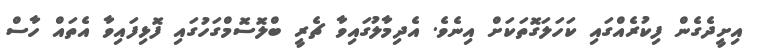
އިށީދެގެން ފިކުރެއްގައި ކަހަލަގޮތަކަށް އިނެވެ. އެދިމާލުގައިވާ ޗެރީ ބްލޮސޮމްގަހުގައި ފޮޅިފައިވާ އެތައް ހާސް